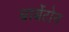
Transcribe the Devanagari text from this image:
बार्बेटोन